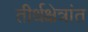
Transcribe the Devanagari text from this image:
तीर्थक्षेत्रांत